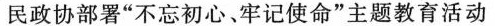
民政协部署”不忘初心、牢记使命”主题教育活动